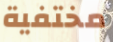
مختفية